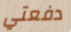
دفعتي